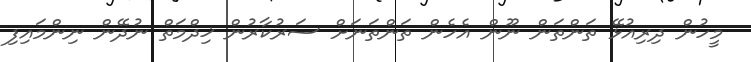
މީހުން ދިރިއުޅޭ ތަންތަން ނޫން އެހެން ތަންތަނަށް ސަރުކާރުން ޚިދްމަތް ނުދޭން ނިންމައިފި